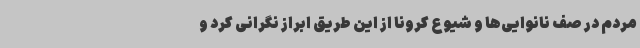
مردم در صف نانوایی‌ها و شیوع کرونا از این طریق ابراز نگرانی کرد و